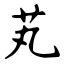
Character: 芄